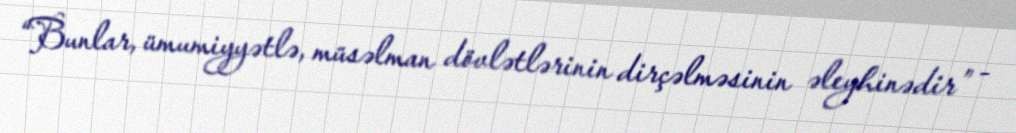
“Bunlar, ümumiyyətlə, müsəlman dövlətlərinin dirçəlməsinin əleyhinədir” -